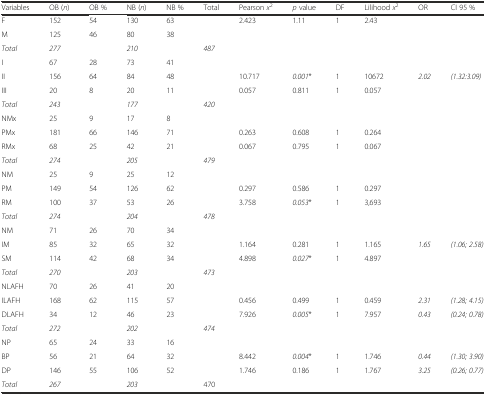
<table><thead><tr><td><b>Variables</b></td><td><b>OB (<i>n</i>)</b></td><td><b>OB %</b></td><td><b>NB (<i>n</i>)</b></td><td><b>NB %</b></td><td><b>Total</b></td><td><b>Pearson <i>x</i><sup>2</sup></b></td><td><b><i>p</i> value</b></td><td><b>DF</b></td><td><b>Lilihood <i>x</i><sup>2</sup></b></td><td><b>OR</b></td><td><b>CI 95 %</b></td></tr></thead><tbody><tr><td>F</td><td>152</td><td>54</td><td>130</td><td>63</td><td></td><td rowspan="2">2.423</td><td rowspan="2">1.11</td><td rowspan="2">1</td><td rowspan="2">2.43</td><td rowspan="2"></td><td rowspan="2"></td></tr><tr><td>M</td><td>125</td><td>46</td><td>80</td><td>38</td><td></td></tr><tr><td><i>Total</i></td><td><i>277</i></td><td></td><td><i>210</i></td><td></td><td><i>487</i></td><td></td><td></td><td></td><td></td><td></td><td></td></tr><tr><td>I</td><td>67</td><td>28</td><td>73</td><td>41</td><td></td><td></td><td></td><td></td><td></td><td></td><td></td></tr><tr><td>II</td><td>156</td><td>64</td><td>84</td><td>48</td><td></td><td>10.717</td><td><i>0.001</i>*</td><td>1</td><td>10672</td><td><i>2.02</i></td><td><i>(1.32:3.09)</i></td></tr><tr><td>III</td><td>20</td><td>8</td><td>20</td><td>11</td><td></td><td>0.057</td><td>0.811</td><td>1</td><td>0.057</td><td></td><td></td></tr><tr><td><i>Total</i></td><td><i>243</i></td><td></td><td><i>177</i></td><td></td><td><i>420</i></td><td></td><td></td><td></td><td></td><td></td><td></td></tr><tr><td>NMx</td><td>25</td><td>9</td><td>17</td><td>8</td><td></td><td></td><td></td><td></td><td></td><td></td><td></td></tr><tr><td>PMx</td><td>181</td><td>66</td><td>146</td><td>71</td><td></td><td>0.263</td><td>0.608</td><td>1</td><td>0.264</td><td></td><td></td></tr><tr><td>RMx</td><td>68</td><td>25</td><td>42</td><td>21</td><td></td><td>0.067</td><td>0.795</td><td>1</td><td>0.067</td><td></td><td></td></tr><tr><td><i>Total</i></td><td><i>274</i></td><td></td><td><i>205</i></td><td></td><td><i>479</i></td><td></td><td></td><td></td><td></td><td></td><td></td></tr><tr><td>NM</td><td>25</td><td>9</td><td>25</td><td>12</td><td></td><td></td><td></td><td></td><td></td><td></td><td></td></tr><tr><td>PM</td><td>149</td><td>54</td><td>126</td><td>62</td><td></td><td>0.297</td><td>0.586</td><td>1</td><td>0.297</td><td></td><td></td></tr><tr><td>RM</td><td>100</td><td>37</td><td>53</td><td>26</td><td></td><td>3.758</td><td><i>0.053</i>*</td><td>1</td><td>3,693</td><td></td><td></td></tr><tr><td><i>Total</i></td><td><i>274</i></td><td></td><td><i>204</i></td><td></td><td><i>478</i></td><td></td><td></td><td></td><td></td><td></td><td></td></tr><tr><td>NM</td><td>71</td><td>26</td><td>70</td><td>34</td><td></td><td></td><td></td><td></td><td></td><td></td><td></td></tr><tr><td>IM</td><td>85</td><td>32</td><td>65</td><td>32</td><td></td><td>1.164</td><td>0.281</td><td>1</td><td>1.165</td><td><i>1.65</i></td><td><i>(1.06; 2.58)</i></td></tr><tr><td>SM</td><td>114</td><td>42</td><td>68</td><td>34</td><td></td><td>4.898</td><td><i>0.027</i>*</td><td>1</td><td>4.897</td><td></td><td></td></tr><tr><td><i>Total</i></td><td><i>270</i></td><td></td><td><i>203</i></td><td></td><td><i>473</i></td><td></td><td></td><td></td><td></td><td></td><td></td></tr><tr><td>NLAFH</td><td>70</td><td>26</td><td>41</td><td>20</td><td></td><td></td><td></td><td></td><td></td><td></td><td></td></tr><tr><td>ILAFH</td><td>168</td><td>62</td><td>115</td><td>57</td><td></td><td>0.456</td><td>0.499</td><td>1</td><td>0.459</td><td><i>2.31</i></td><td><i>(1.28; 4.15)</i></td></tr><tr><td>DLAFH</td><td>34</td><td>12</td><td>46</td><td>23</td><td></td><td>7.926</td><td><i>0.005</i>*</td><td>1</td><td>7.957</td><td><i>0.43</i></td><td><i>(0.24; 0.78)</i></td></tr><tr><td><i>Total</i></td><td><i>272</i></td><td></td><td><i>202</i></td><td></td><td><i>474</i></td><td></td><td></td><td></td><td></td><td></td><td></td></tr><tr><td>NP</td><td>65</td><td>24</td><td>33</td><td>16</td><td></td><td></td><td></td><td></td><td></td><td></td><td></td></tr><tr><td>BP</td><td>56</td><td>21</td><td>64</td><td>32</td><td></td><td>8.442</td><td><i>0.004</i>*</td><td>1</td><td>1.746</td><td><i>0.44</i></td><td><i>(1.30; 3.90)</i></td></tr><tr><td>DP</td><td>146</td><td>55</td><td>106</td><td>52</td><td></td><td>1.746</td><td>0.186</td><td>1</td><td>1.767</td><td><i>3.25</i></td><td><i>(0.26; 0.77)</i></td></tr><tr><td><i>Total</i></td><td><i>267</i></td><td></td><td><i>203</i></td><td></td><td>470</td><td></td><td></td><td></td><td></td><td></td><td></td></tr></tbody></table>